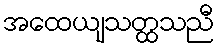
အထေယျသတ္ထသညီ